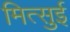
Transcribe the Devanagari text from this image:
मित्‍सुई